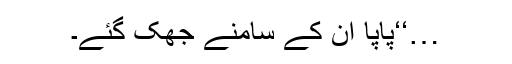
…‘‘پاپا ان کے سامنے جھک گئے۔